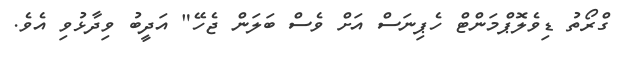
ގްރޯތު ޑިވެލޮޕްމަންޓް ހެޕިނަސް އަށް ވެސް ބަލަން ޖެހޭ" އަދީބު ވިދާޅުވި އެވެ.